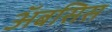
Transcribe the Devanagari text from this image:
अॅबसिस